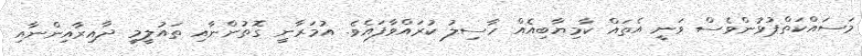
މަސައްކަތްޕުޅުންވެސް ވަނީ އެތައް ކާމިޔާބިއެއް ހާސިލު ކުރައްވާފައެވެ. އުމަރާނީ ގޮތުންނާއި ތައުލީމީ ދާއިރާއިންނާއި